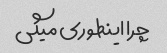
چرا اینطوری میگی